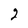
Character: 2